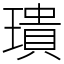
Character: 璝